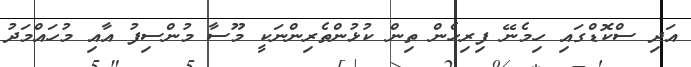
އަދި ސްކޮޑްގައި ހިމެނޭ ފިރިހެން ތިން ކުޅުންތެރިންނަކީ މޫސާ މުންސިފު އާއި މުހައްމަދު